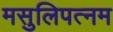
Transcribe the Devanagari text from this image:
मसुलिपत्नम